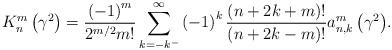
LaTeX: \begin{align*}K_{n}^{m}\left( {\gamma^{2}}\right) =\frac{\left( {-1}\right) ^{m}}{2^{m/2}m!}\sum\limits_{k=-k^{-}}^{\infty}{\left( {-1}\right) ^{k}\frac{\left( {n+2k+m}\right) !}{\left( {n+2k-m}\right) !}a_{n,k}^{m}\left( {\gamma^{2}}\right) }. \end{align*}